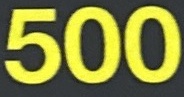
500